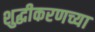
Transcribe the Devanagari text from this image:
शुद्धीकरणच्या